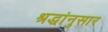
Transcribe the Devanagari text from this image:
श्रद्धांनुसार